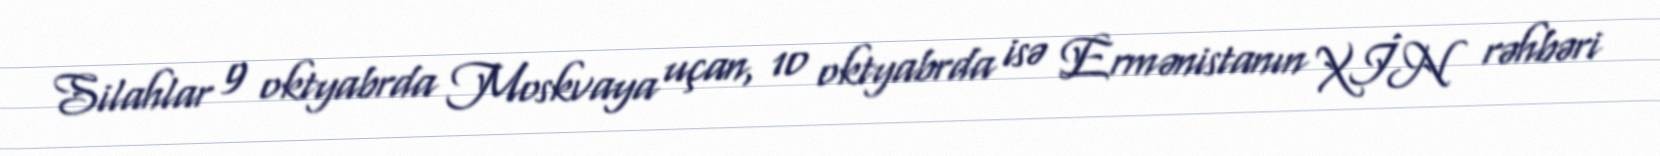
Silahlar 9 oktyabrda Moskvaya uçan, 10 oktyabrda isə Ermənistanın XİN rəhbəri